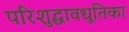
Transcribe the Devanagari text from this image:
परिशुद्धावधूतिका